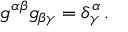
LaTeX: g ^ { \alpha \beta } g _ { \beta \gamma } = \delta _ { \gamma } ^ { \alpha } \, .